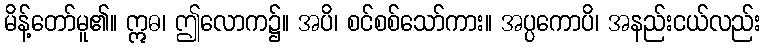
မိန့်တော်မူ၏။ ဣဓ၊ ဤလောက၌။ အပိ၊ စင်စစ်သော်ကား။ အပ္ပကောပိ၊ အနည်းငယ်လည်း